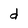
Character: d